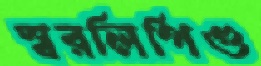
স্বরলিপিগু